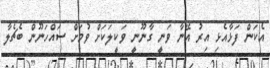
އެކަން ފަޅާއެޅި އިރު އޭނާ ވަނީ ގާނޫނީ ވަކީލަކަށް ވުމަށް ސައްހަނޫން ބެޗެލާ